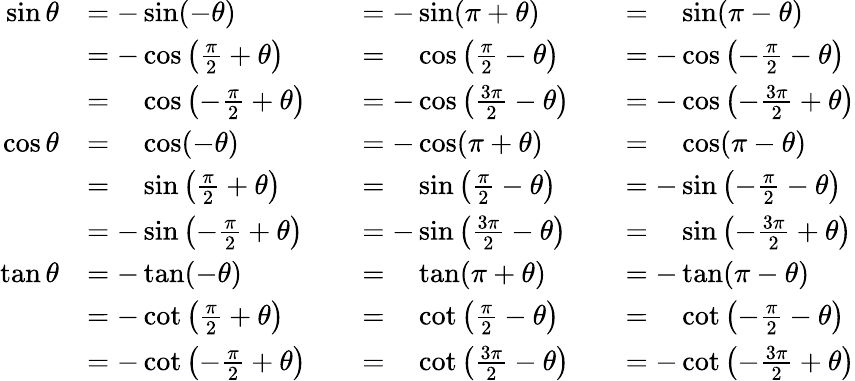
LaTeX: {\begin{array}{rlrlrl}{\sin\theta}&{=-\sin(-\theta)}&&{=-\sin(\pi+\theta)}&&{={\phantom{-}}\sin(\pi-\theta)}\\ &{=-\cos\left({\frac{\pi}{2}}+\theta\right)}&&{={\phantom{-}}\cos\left({\frac{\pi}{2}}-\theta\right)}&&{=-\cos\left(-{\frac{\pi}{2}}-\theta\right)}\\ &{={\phantom{-}}\cos\left(-{\frac{\pi}{2}}+\theta\right)}&&{=-\cos\left({\frac{3\pi}{2}}-\theta\right)}&&{=-\cos\left(-{\frac{3\pi}{2}}+\theta\right)}\\ {\cos\theta}&{={\phantom{-}}\cos(-\theta)}&&{=-\cos(\pi+\theta)}&&{={\phantom{-}}\cos(\pi-\theta)}\\ &{={\phantom{-}}\sin\left({\frac{\pi}{2}}+\theta\right)}&&{={\phantom{-}}\sin\left({\frac{\pi}{2}}-\theta\right)}&&{=-\sin\left(-{\frac{\pi}{2}}-\theta\right)}\\ &{=-\sin\left(-{\frac{\pi}{2}}+\theta\right)}&&{=-\sin\left({\frac{3\pi}{2}}-\theta\right)}&&{={\phantom{-}}\sin\left(-{\frac{3\pi}{2}}+\theta\right)}\\ {\tan\theta}&{=-\tan(-\theta)}&&{={\phantom{-}}\tan(\pi+\theta)}&&{=-\tan(\pi-\theta)}\\ &{=-\cot\left({\frac{\pi}{2}}+\theta\right)}&&{={\phantom{-}}\cot\left({\frac{\pi}{2}}-\theta\right)}&&{={\phantom{-}}\cot\left(-{\frac{\pi}{2}}-\theta\right)}\\ &{=-\cot\left(-{\frac{\pi}{2}}+\theta\right)}&&{={\phantom{-}}\cot\left({\frac{3\pi}{2}}-\theta\right)}&&{=-\cot\left(-{\frac{3\pi}{2}}+\theta\right)}\end{array}}